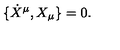
\{ \dot { X } ^ { \mu } , X _ { \mu } \} = 0 .